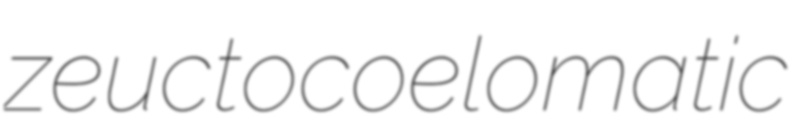
zeuctocoelomatic